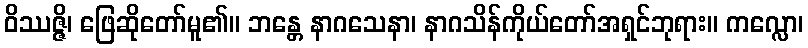
ဝိဿဇ္ဇိ၊ ဖြေဆိုတော်မူ၏။ ဘန္တေ နာဂသေနာ၊ နာဂသိန်ကိုယ်တော်အရှင်ဘုရား။ ကလ္လော၊